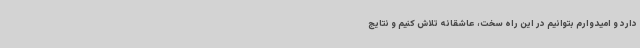
دارد و امیدوارم بتوانیم در این راه سخت، عاشقانه تلاش کنیم و نتایج